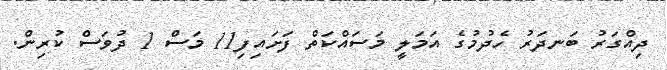
ދިއްގަރު ބަނދަރު ހެދުމުގެ އަމަލީ މަސައްކަތް ފަށައިފި11 މަސް 1 ދުވަސް ކުރިން.